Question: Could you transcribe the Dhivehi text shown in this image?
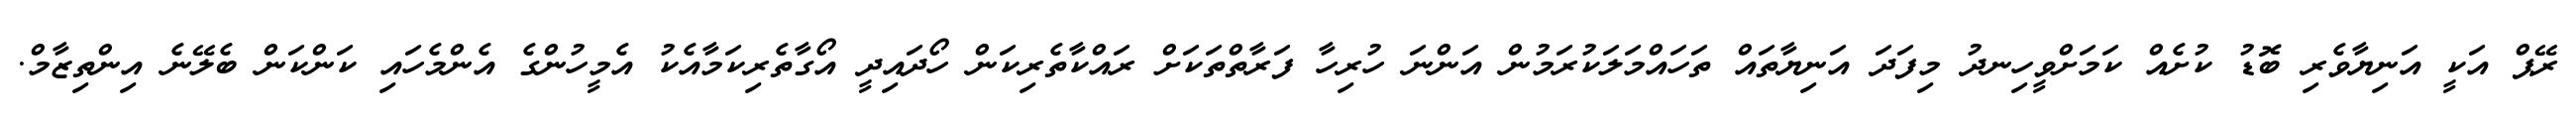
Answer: ރޭޕް އަކީ އަނިޔާވެރި ބޮޑު ކުށެއް ކަމަށްވީހިނދު މިފަދަ އަނިޔާތައް ތަހައްމަލަކުރަމުން އަންނަ ހުރިހާ ފަރާތްތަކަށް ރައްކާތެރިކަން ހޯދައިދީ އޯގާތެރިކަމާއެކު އެމީހުންގެ އެންމެހައި ކަންކަން ބެލޭނެ އިންތިޒާމް.